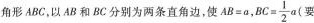
角形ABC，以AB和BC分别为两条直角边，使$$A B = a$$，$$B C = \frac { 1 } { 2 } a$$要